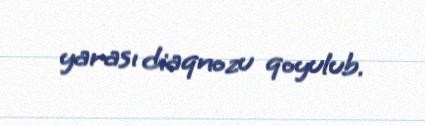
yarası diaqnozu qoyulub.